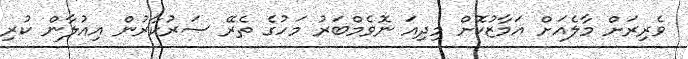
ވެރިރަށް މާލެއަށް އަމާޒުކޮށް މިދިއަ ނޮވެމްބަރު މަހުގެ ތެރޭ ސަރުކާރުން އިއުލާން ކުރި